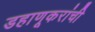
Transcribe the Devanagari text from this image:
डहाणूकरांची